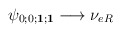
\begin{align*}\psi_{0;0;{\mathbf 1};{\mathbf 1}} \longrightarrow \nu_{eR}\hskip6.0cm\end{align*}